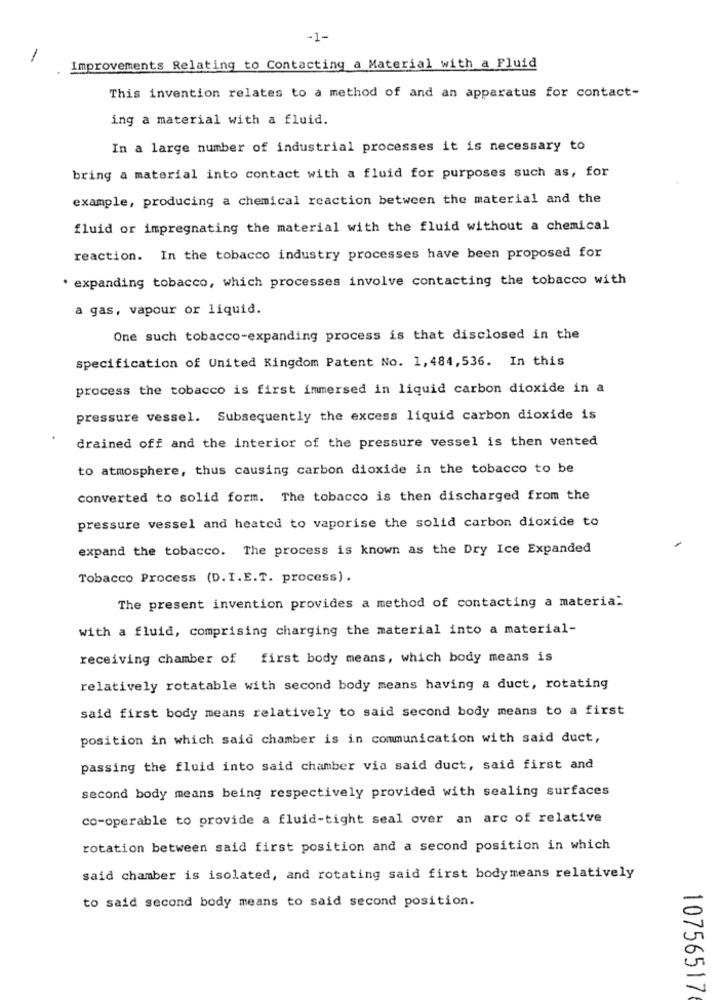
-1-
Improvements Relating to Contacting a Material with a Fluid
This invention relates to a method of and an apparatus for contact-
ing a material with a fluid.
In a large number of industrial processes it is necessary to
bring a material into contact with a fluid for purposes such as, for
example, producing a chemical reaction between the material and the
fluid or impregnating the material with the fluid without a chemical
reaction. In the tobacco industry processes have been proposed for
. expanding tobacco, which processes involve contacting the tobacco with
a gas, vapour or liquid.
One such tobacco-expanding process is that disclosed in the
specification of United Kingdom Patent No. 1,484,536. In this
process the tobacco is first immersed in liquid carbon dioxide in a
pressure vessel. Subsequently the excess liquid carbon dioxide is
drained off and the interior of the pressure vessel is then vented
to atmosphere, thus causing carbon dioxide in the tobacco to be
converted to solid form. The tobacco is then discharged from the
pressure vessel and heated to vaporise the solid carbon dioxide to
expand the tobacco. The process is known as the Dry Ice Expanded
Tobacco Process (D.I.E.T. process) .
The present invention provides a method of contacting a materia:
with a fluid, comprising charging the material into a material-
receiving chamber of first body means, which body means is
relatively rotatable with second body means having a duct, rotating
said first body means relatively to said second body means to a first
position in which said chamber is in communication with said duct,
passing the fluid into said chamber via said duct, said first and
second body means being respectively provided with sealing surfaces
co-operable to provide a fluid-tight seal over an arc of relative
rotation between said first position and a second position in which
said chamber is isolated, and rotating said first bodymeans relatively
to said second body means to said second position.
10756517